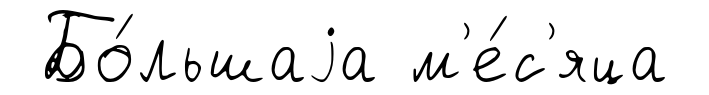
Бо́льшаjа м'е́с'яца